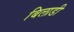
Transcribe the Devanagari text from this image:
बिलाडी